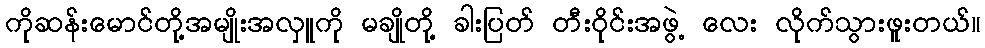
ကိုဆန်းမောင်တို့အမျိုးအလှူကို မချိုတို့ ခါးပြတ် တီးဝိုင်းအဖွဲ့ လေး လိုက်သွားဖူးတယ်။